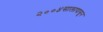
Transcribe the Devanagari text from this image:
२००४सालापासून